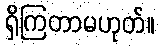
ရှိကြတာမဟုတ်။